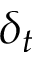
\delta _ { t }